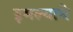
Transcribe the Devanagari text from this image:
इमल्याचे